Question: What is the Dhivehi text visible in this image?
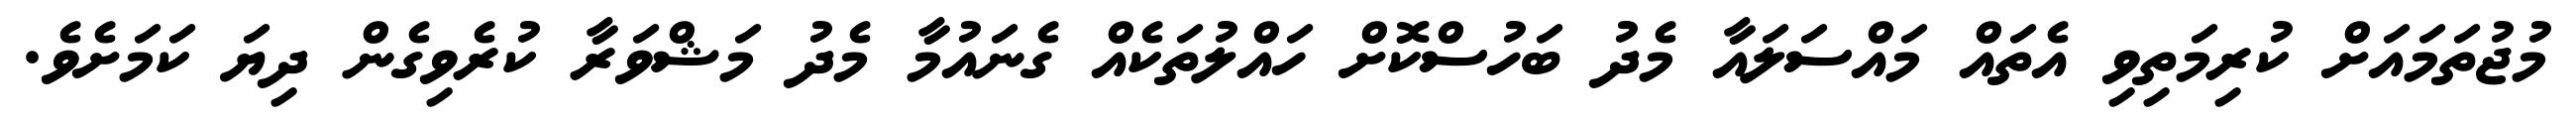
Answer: މުޖުތަމައަށް ކުރިމަތިވި އެތައް މައްސަލައާ މެދު ބަހުސްކޮށް ހައްލުތަކެއް ގެނައުމާ މެދު މަޝްވަރާ ކުރެވިގެން ދިޔަ ކަމަށެވެ.